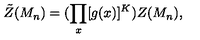
\tilde { Z } ( M _ { n } ) = ( \prod _ { x } [ g ( x ) ] ^ { K } ) Z ( M _ { n } ) ,